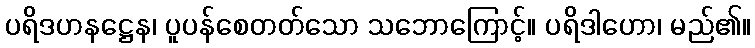
ပရိဒဟနဋ္ဌေန၊ ပူပန်စေတတ်သော သဘောကြောင့်။ ပရိဒါဟော၊ မည်၏။